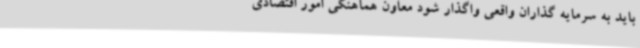
باید به سرمایه گذاران واقعی واگذار شود معاون هماهنگی امور اقتصادی